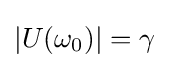
|U(\omega _{0})|=\gamma